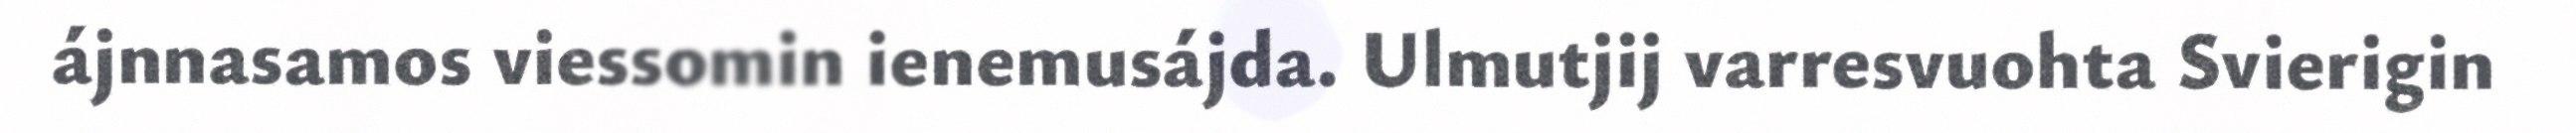
ájnnasamos viessomin ienemusájda. Ulmutjij varresvuohta Svierigin